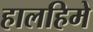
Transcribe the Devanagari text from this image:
हालहिमे